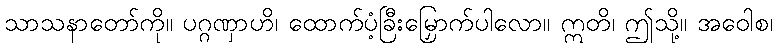
သာသနာတော်ကို။ ပဂ္ဂဏှာဟိ၊ ထောက်ပံ့ခြီးမြှောက်ပါလော။ ဣတိ၊ ဤသို့။ အဝေါစ၊